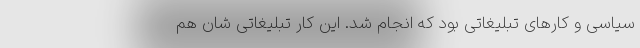
سیاسی و کارهای تبلیغاتی بود که انجام شد. این کار تبلیغاتی شان هم